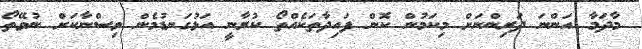
މާދަމާ އަންނަ ދަރިންނަށް މިކަމުން ކޮން ފައިދާތަކެއްތޯ ކުރާނީ އަޅުގަނޑުމެން ވިސްނާކަށް ނުވޭތޯ